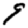
Digit: 9